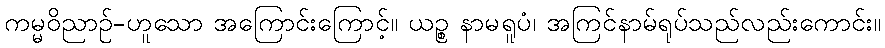
ကမ္မဝိညာဉ်-ဟူသော အကြောင်းကြောင့်။ ယဉ္စ နာမရူပံ၊ အကြင်နာမ်ရုပ်သည်လည်းကောင်း။